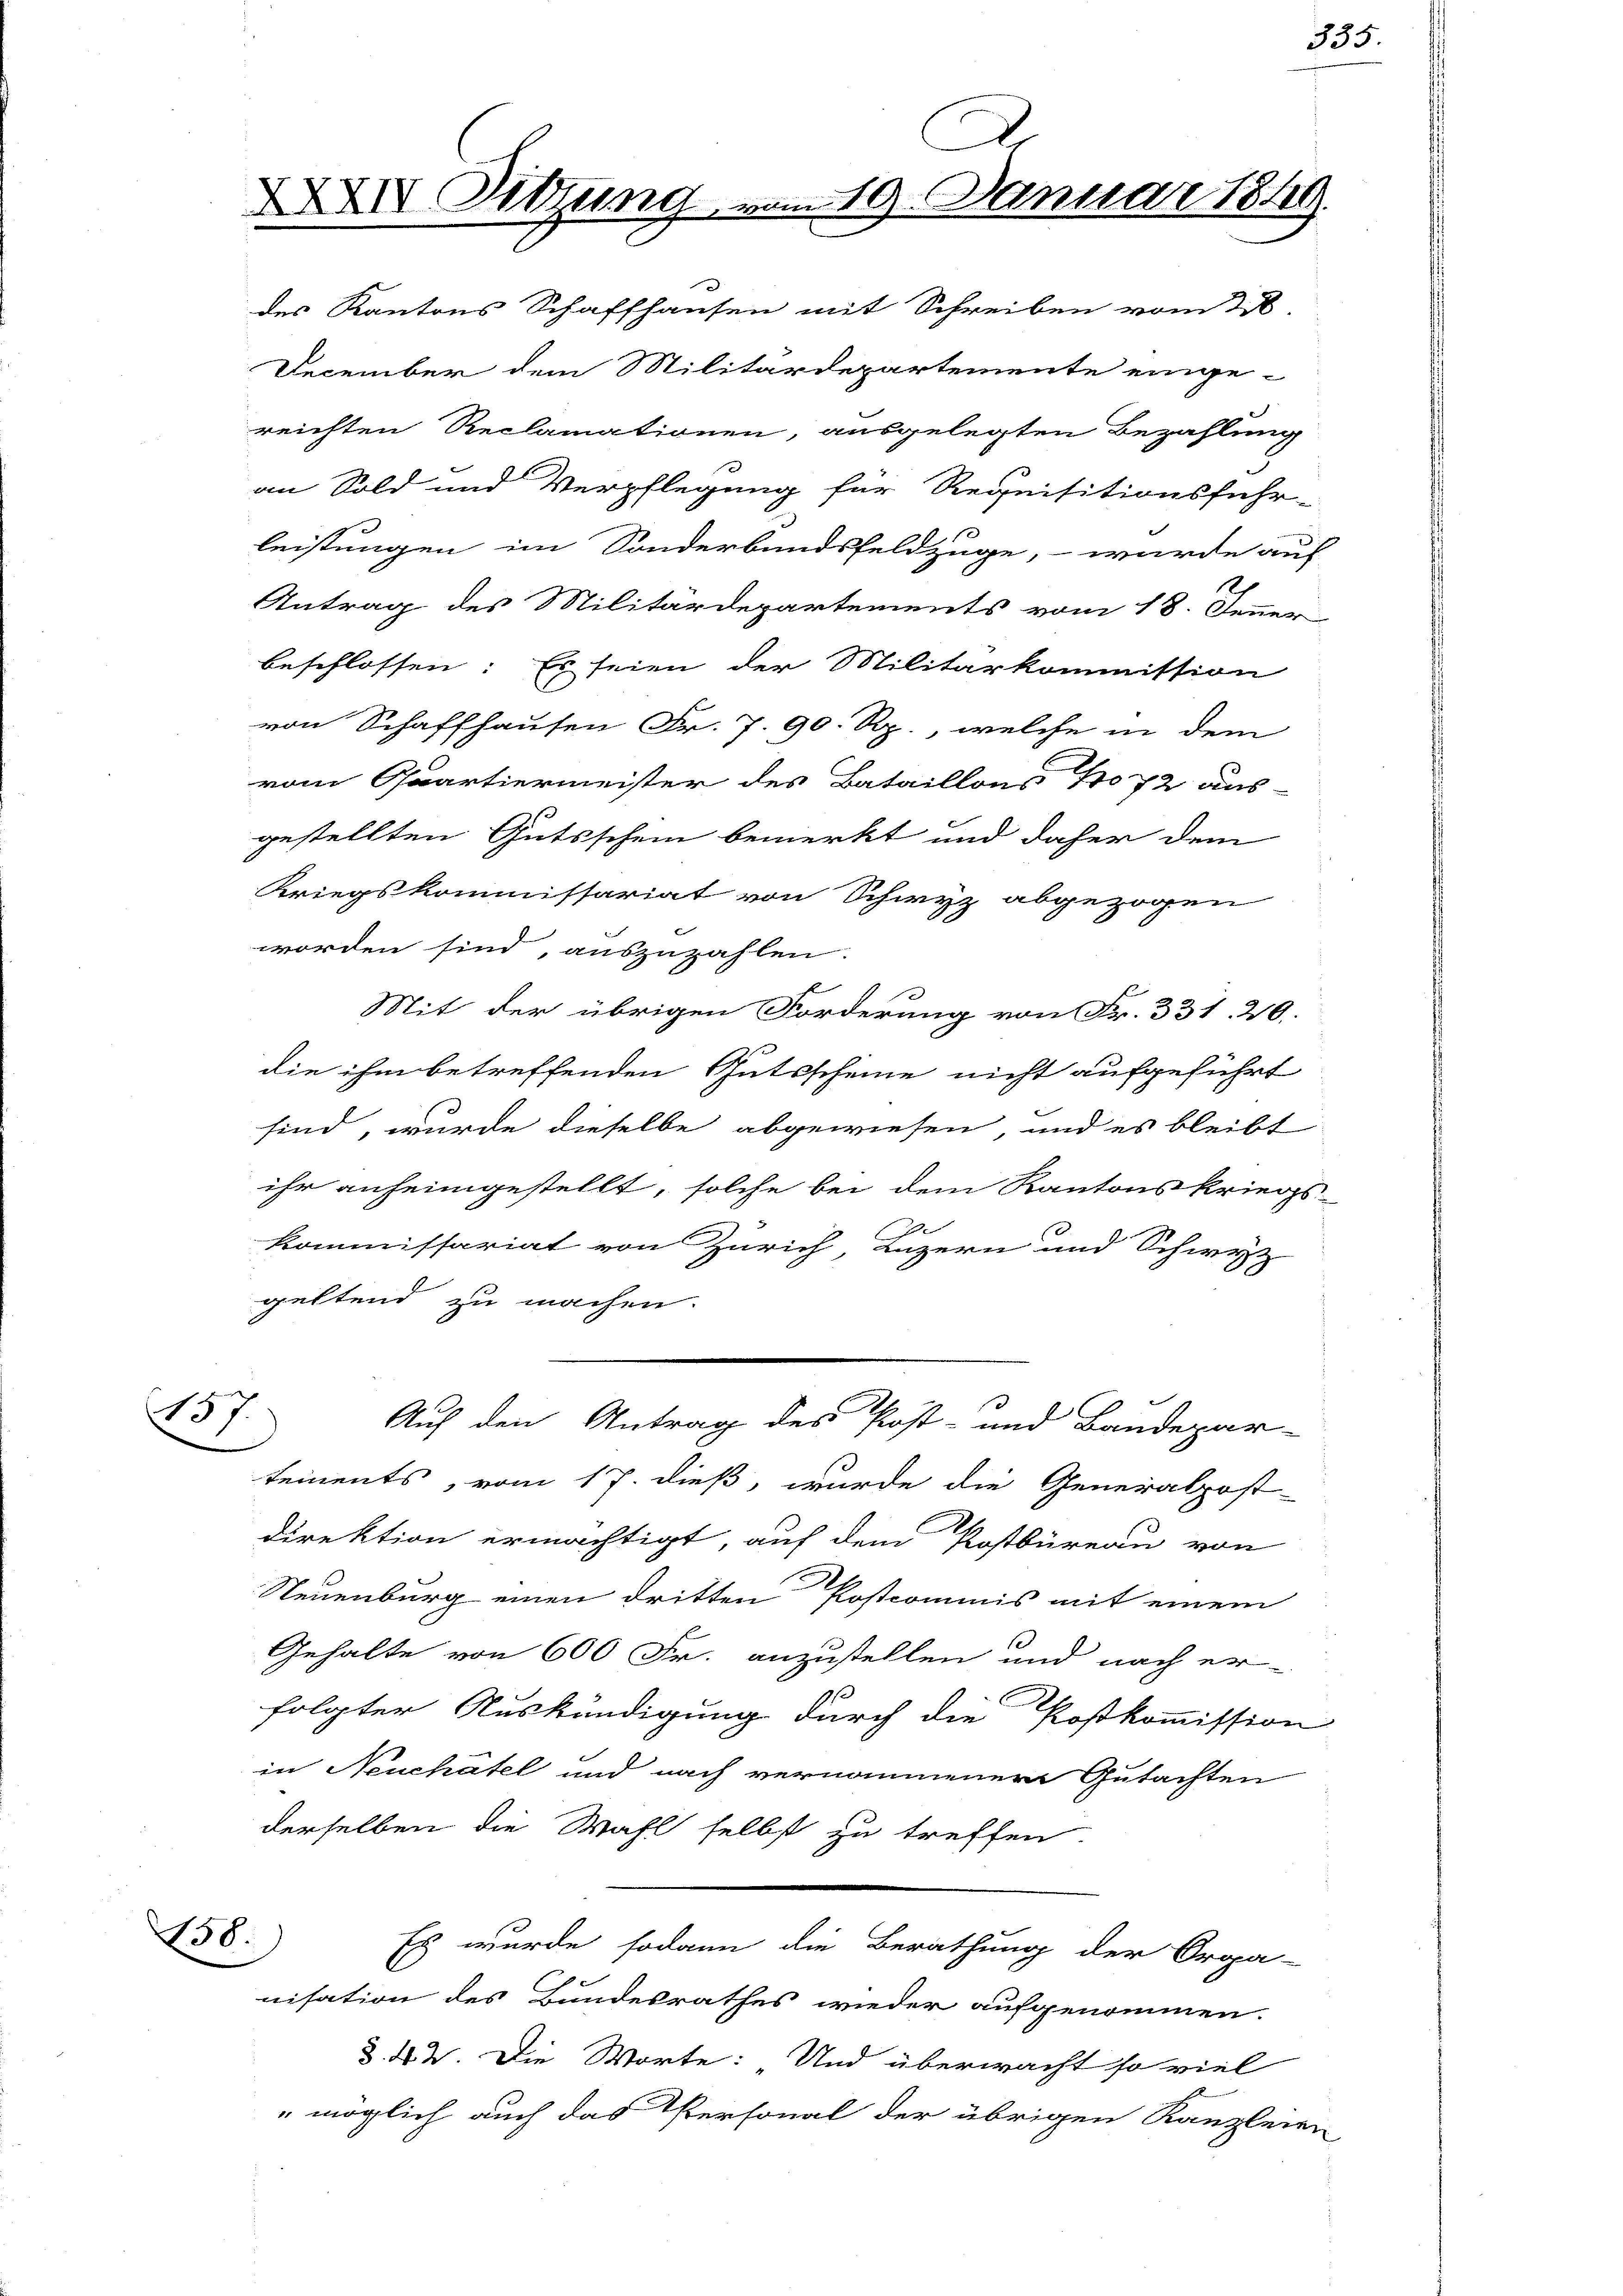
des Kantons Schaffhausen mit Schreiben vom 23.
December dem Militärdepartemente einge-
reichten Reclamationen, ausgelegten Bezahlung
an Sold und Verpflegung für Requisitionsfuhr-
leistungen im Sonderbundsfeldzüge, – wurde auf
10
Antrag des Militärdepartements vom 18. Jenner
beschlossen: Es seien der Militärkommission
von Schaffhausen Fr. 7. 90. Rp., welche in dem
vom Quartiermeister des Bataillons No 72 aus-
gestellten Gutsschein bemerkt und daher dem
Kriegskommissariat von Schwyz abgezogen
worden sind, auszuzahlen.
Mit der übrigen Forderung von Fr. 331. 20.
die ihm betreffenden Gutsscheine nicht aufgeführt
sind, wurde dieselbe abgewiesen, und es bleibt
ihr anheimgestellt, solche bei dem Kantonskriegs-
n
Kommissariat von Zürich Luzern und Schwyz
geltend zu machen.
Auf den Antrag des Post- und Bandepar-
tements, vom 17. dieß, wurde die Generalpost-
direktion ermächtigt, auf dem Postbüreau von
Neuenburg einen dritten Postcommis mit einem
Gehalte von 600 Fr. anzustellen und nach er-
folgter Auskündigung durch die Postkommission
in Neuchâtel und nach vernommener Gutachten
derselben die Wahl selbst zu treffen.
Es wurde sodann die Berathung der Orga-
nisation des Bundesrathes wieder aufgenommen.
d. d. 2. Die Worte: Und überwacht so viel
" möglich auch das Personal der übrigen Kanzleien

458.

XXXIV Sitzung

137.

D
m 19. Januar 1849.

335.